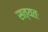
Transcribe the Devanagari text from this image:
सत्यतः